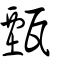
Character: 甄